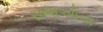
સભાઓના